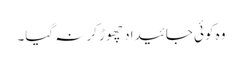
وہ کوئی جائیداد چھوڑ کر نہ گیا۔